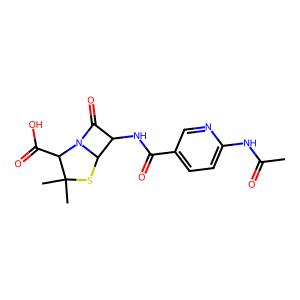
SMILES: CC(=O)Nc1ccc(C(=O)NC2C(=O)N3C2SC(C)(C)C3C(=O)O)cn1
Inhibits HIV replication: No